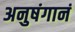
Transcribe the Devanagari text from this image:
अनुषंगानं